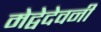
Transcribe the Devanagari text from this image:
मेद्वेदेवनी